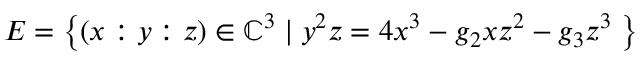
E = \left\{ ( x : y : z ) \in \mathbb { C } ^ { 3 } \mid y ^ { 2 } z = 4 x ^ { 3 } - g _ { 2 } x z ^ { 2 } - g _ { 3 } z ^ { 3 } \; \right\}